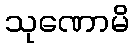
သုဏောမိ